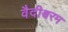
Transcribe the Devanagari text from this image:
वैदीश्वरम